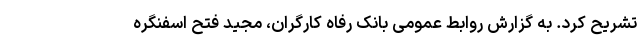
تشریح کرد. به گزارش روابط عمومی بانک رفاه کارگران، مجید فتح اسفنگره